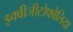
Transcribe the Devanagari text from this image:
इक्वीजीटोफोलिया